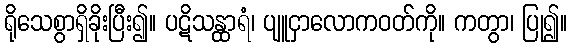
ရိုသေစွာရှိခိုးပြီး၍။ ပဋိသန္ထာရံ၊ ပျူငှာလောကဝတ်ကို။ ကတွာ၊ ပြု၍။